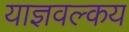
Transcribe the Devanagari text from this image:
याज्ञवल्‍कय